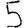
Digit: 5